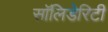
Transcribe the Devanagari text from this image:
सॉलिडेरिटी